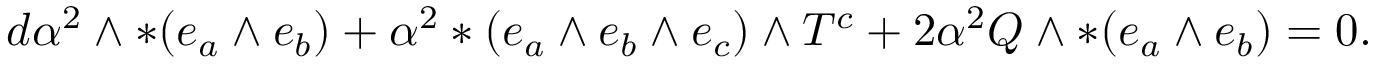
d \alpha ^ { 2 } \wedge * ( e _ { a } \wedge e _ { b } ) + \alpha ^ { 2 } * ( e _ { a } \wedge e _ { b } \wedge e _ { c } ) \wedge T ^ { c } + 2 \alpha ^ { 2 } Q \wedge * ( e _ { a } \wedge e _ { b } ) = 0 .